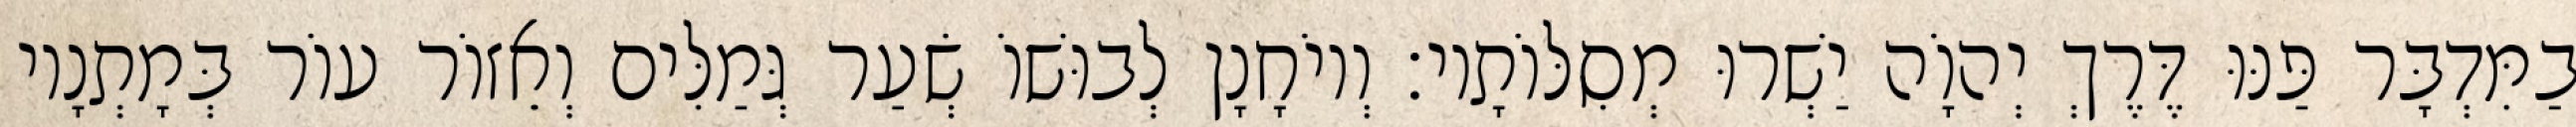
בַמִּדְבָּר פַּנּוּ דֶּרֶךְ יְהוָֹה יַשְׁרוּ מְסִלּוֹתָיו׃ וְיוֹחָנָן לְבוּשׁוֹ שְׂעַר גְּמַלִּים וְאֵזוֹר עוֹר בְּמָתְנָיו